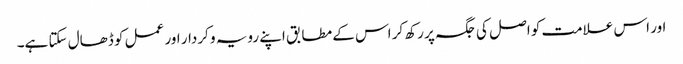
اور اس علامت کو اصل کی جگہ پر رکھ کر اس کے مطابق اپنے رویہ و کردار اور عمل کو ڈھال سکتا ہے۔